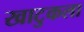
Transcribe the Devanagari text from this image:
खाटुकला